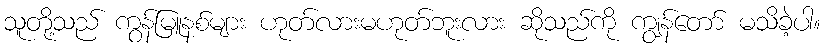
သူတို့သည် ကွန်မြူနစ်များ ဟုတ်လားမဟုတ်ဘူးလား ဆိုသည်ကို ကျွန်တော် မသိခဲ့ပါ။